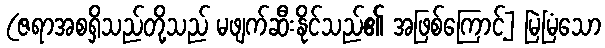
(ဇရာအစရှိသည်တို့သည် မဖျက်ဆီးနိုင်သည်၏ အဖြစ်ကြောင့်] မြဲမြံသော